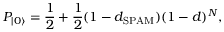
P _ { \vert 0 \rangle } = \frac { 1 } { 2 } + \frac { 1 } { 2 } ( 1 - d _ { \mathrm { S P A M } } ) ( 1 - d ) ^ { N } ,